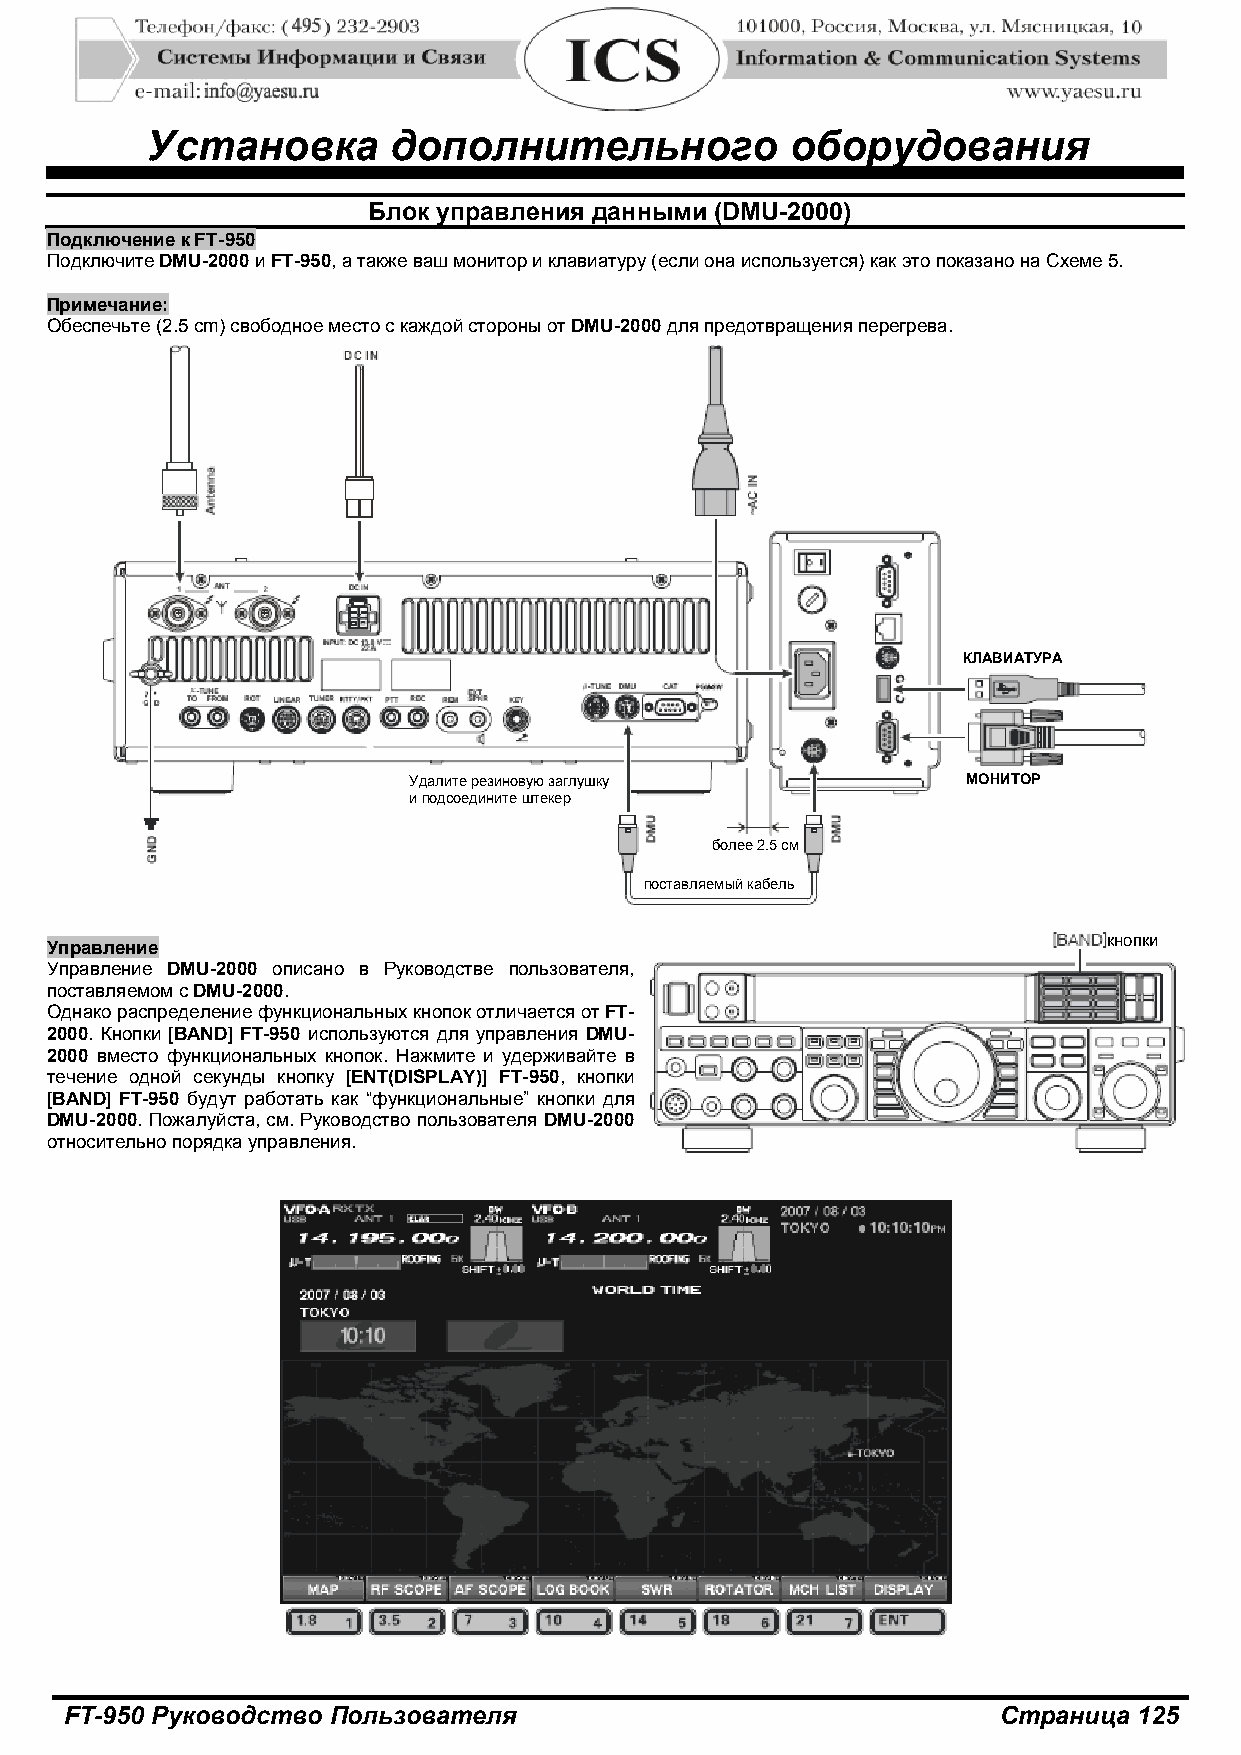
Установка       дополнительного           оборудования
 Блок управления данными (DMU-2000)
 Подключение к FT-950
 Подключите DMU-2000 и FT-950, а также ваш монитор и клавиатуру (если она используется) как это показано на Схеме 5.
 Примечание:
 Обеспечьте (2.5 cm) свободное место с каждой стороны от DMU-2000 для предотвращения перегрева.
 КЛАВИАТУРА
 Удалите резиновую заглушку           МОНИТОР
 и подсоедините штекер
 более 2.5 см
 поставляемый кабель
 кнопки
 Управление
 Управление DMU-2000 описано в Руководстве пользователя,
 поставляемом с DMU-2000.
 Однако распределение функциональных кнопок отличается от FT-
 2000. Кнопки [BAND] FT-950 используются для управления DMU-
 2000 вместо функциональных кнопок. Нажмите и удерживайте в
 течение одной секунды кнопку [ENT(DISPLAY)] FT-950, кнопки
 [BAND] FT-950 будут работать как “функциональные” кнопки для
 DMU-2000. Пожалуйста, см. Руководство пользователя DMU-2000
 относительно порядка управления.
 FT-950 Руководство Пользователя                               Страница 125